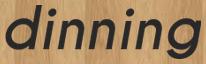
dinning